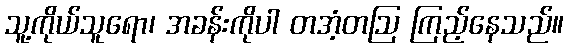
သူ့ကိုယ်သူရော၊ အခန်းကိုပါ တအံ့တဩ ကြည့်နေသည်။